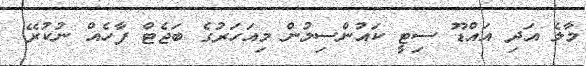
މާލެ އަދި އައްޑޫ ސިޓީ ކައުންސިލުން މިއަހަރުގެ ބަޖެޓް ފާހެއް ނުކުރޭ